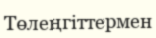
Төлеңгіттермен